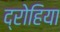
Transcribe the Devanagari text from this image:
द्रोहिया